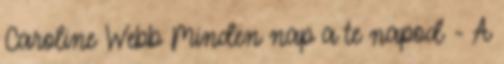
Caroline Webb Minden nap a te napod - A